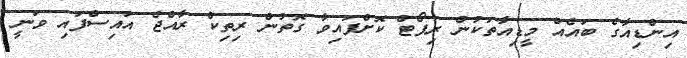
އިންޑިއާގެ ބައެއް މީޑިއާތަކުން ރިޕޯޓް ކޮށްފައިވާ ގޮތުން ރިތިކް ރާއްޖެ އައިސްފައި ވަނީ